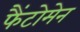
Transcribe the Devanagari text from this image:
फैंटोमेन